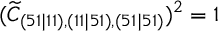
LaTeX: ( \widetilde { C } _ { ( 5 1 \mid 1 1 ) , ( 1 1 \mid 5 1 ) , ( 5 1 \mid 5 1 ) } ) ^ { 2 } = 1